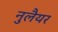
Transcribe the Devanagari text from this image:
नुलैयर